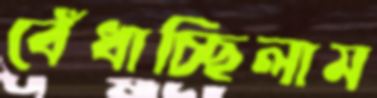
বেঁধাচ্ছিলাম